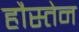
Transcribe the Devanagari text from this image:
हौस्तेन